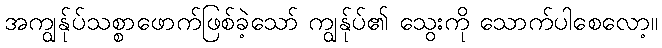
အကျွန်ုပ်သစ္စာဖောက်ဖြစ်ခဲ့သော် ကျွန်ုပ်၏ သွေးကို သောက်ပါစေလော့။